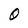
Character: O